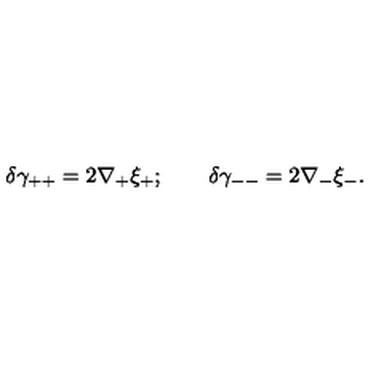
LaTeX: \delta \gamma _ { + + } = 2 \nabla _ { + } \xi _ { + } ; \qquad \delta \gamma _ { -- } = 2 \nabla _ { - } \xi _ { - } .